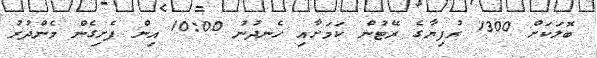
ބޮލަކަށް 1300 ރުފިޔާގެ ރޭޓުން ކަމަށާއި ހެނދުނު 10:00 އިން ފެށިގެން މެންދުރު